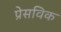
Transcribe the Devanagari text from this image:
प्रेसविक